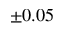
\pm 0 . 0 5